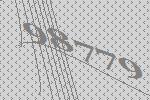
98779